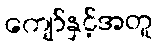
ကျော်နှင့်အတူ